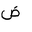
Letter: _dad